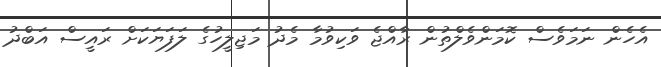
އެހެން ނަމަވެސް ކޮމަންވެލްތުން ރާއްޖެ ވަކިވުމާ މެދު މަޖިލީހުގެ ލަފަޔަކަށް ރައީސް އަބްދު